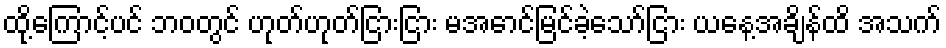
ထို့ကြောင့်ပင် ဘဝတွင် ဟုတ်ဟုတ်ငြားငြား မအောင်မြင်ခဲ့သော်ငြား ယနေ့အချိန်ထိ အသက်